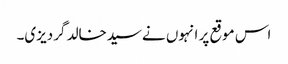
اس موقع پر انہوں نےسیدخالد گردیزی۔